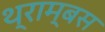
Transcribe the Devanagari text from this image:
थ्राम्बस